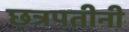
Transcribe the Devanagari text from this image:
छत्रपतीनी